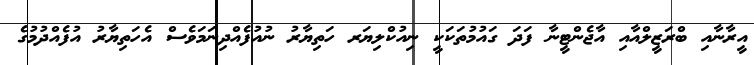
އީރާނާއި ބްރަޒީލްއާއި އާޖެންޓީނާ ފަދަ ގައުމުތަކަކީ ނިއުކްލިޔަރ ހަތިޔާރު ނުއުފެއްދިނަމަވެސް އެހަތިޔާރު އުފެއްދުމުގެ